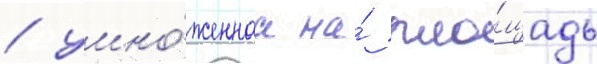
/ умно́женнаа на́ пло́щадь